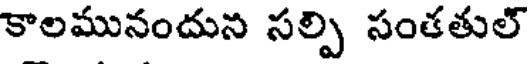
కాలమునందున సల్పి సంతతుల్